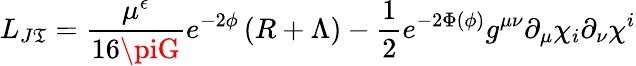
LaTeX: L_{J\mathfrak{T}}=\frac{{\mu^{\epsilon}}}{{16\piG}}e^{-2\phi}\left(R+\Lambda\right)-{\frac{{1}}{{2}}}e^{-2\Phi(\phi)}g^{\mu\nu}\partial_{\mu}\chi_{i}\partial_{\nu}\chi^{i}